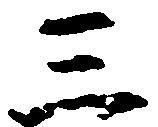
三